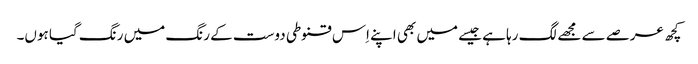
کچھ عرصے سے مجھے لگ رہا ہے جیسے میں بھی اپنے اِس قنوطی دوست کے رنگ میں رنگ گیا ہوں۔